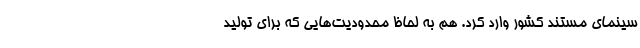
سینمای مستند کشور وارد کرد. هم به لحاظ محدودیت‌هایی که برای تولید